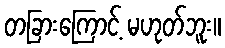
တခြားကြောင့် မဟုတ်ဘူး။